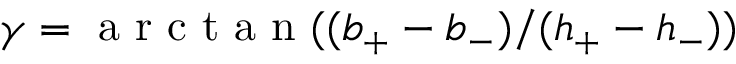
\gamma = \textrm { a r c t a n } ( ( b _ { + } - b _ { - } ) / ( h _ { + } - h _ { - } ) )